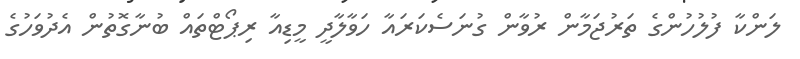
ލަންކާ ފުލުހުންގެ ތަރުޖަމާން ރުވާން ގުނަސެކަރައާ ހަވާލާދީ މީޑިއާ ރިޕޯޓްތައް ބުނާގޮތުން އެދުވަހުގެ